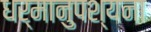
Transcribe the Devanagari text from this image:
धर्मानुपश्यना